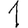
Digit: 1